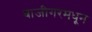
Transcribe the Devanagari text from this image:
बाजीगरमधून